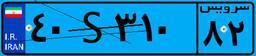
۴۰S۳۱۰۸۲